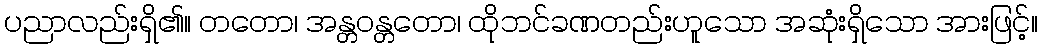
ပညာလည်းရှိ၏။ တတော၊ အန္တဝန္တတော၊ ထိုဘင်ခဏတည်းဟူသော အဆုံးရှိသော အားဖြင့်။